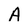
Character: A